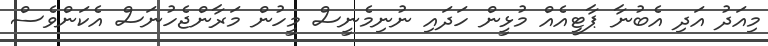
މިއަދު އަދި އެބުނާ ޕާޓީއެއް މުޅީން ހަދައި ނުނިމެނީސް މީހުން މަރާންޖެހުނަސް އެކަންވެސް